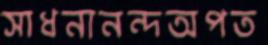
সাধনানন্দঅপত